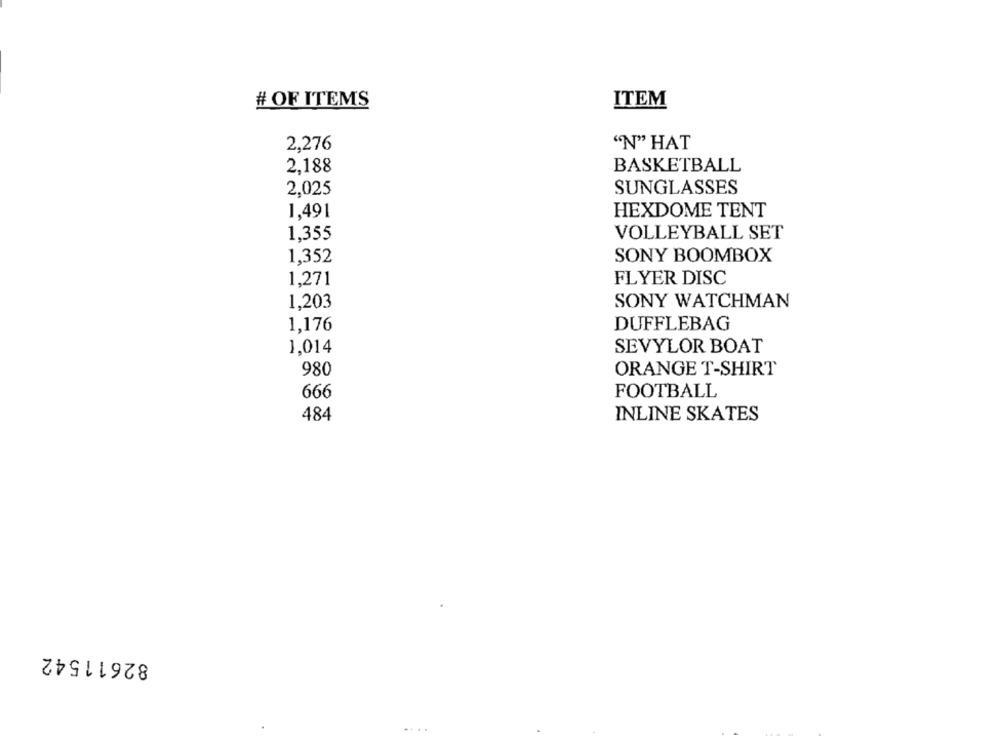
# OF ITEMS
ITEM
2,276
"N" HAT
2,188
BASKETBALL
2,025
SUNGLASSES
1,491
HEXDOME TENT
1,355
VOLLEYBALL SET
1,352
SONY BOOMBOX
1,271
FLYER DISC
1,203
SONY WATCHMAN
1,176
DUFFLEBAG
SEVYLOR BOAT
1,014
980
ORANGE T-SHIRT
FOOTBALL
666
484
INLINE SKATES
82611542